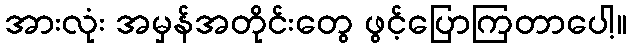
အားလုံး အမှန်အတိုင်းတွေ ဖွင့်ပြောကြတာပေါ့။